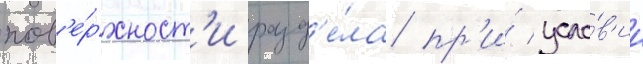
пов'е́рхност'и разд'е́ла пр'и́ усло́в'ии